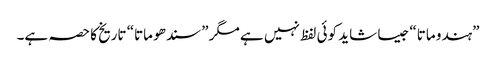
”ہندو ماتا“ جیسا شاید کوئی لفظ نہیں ہے مگر ”سندھو ماتا“ تاریخ کا حصہ ہے۔